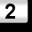
Digit: 2